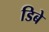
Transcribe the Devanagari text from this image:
डिबे